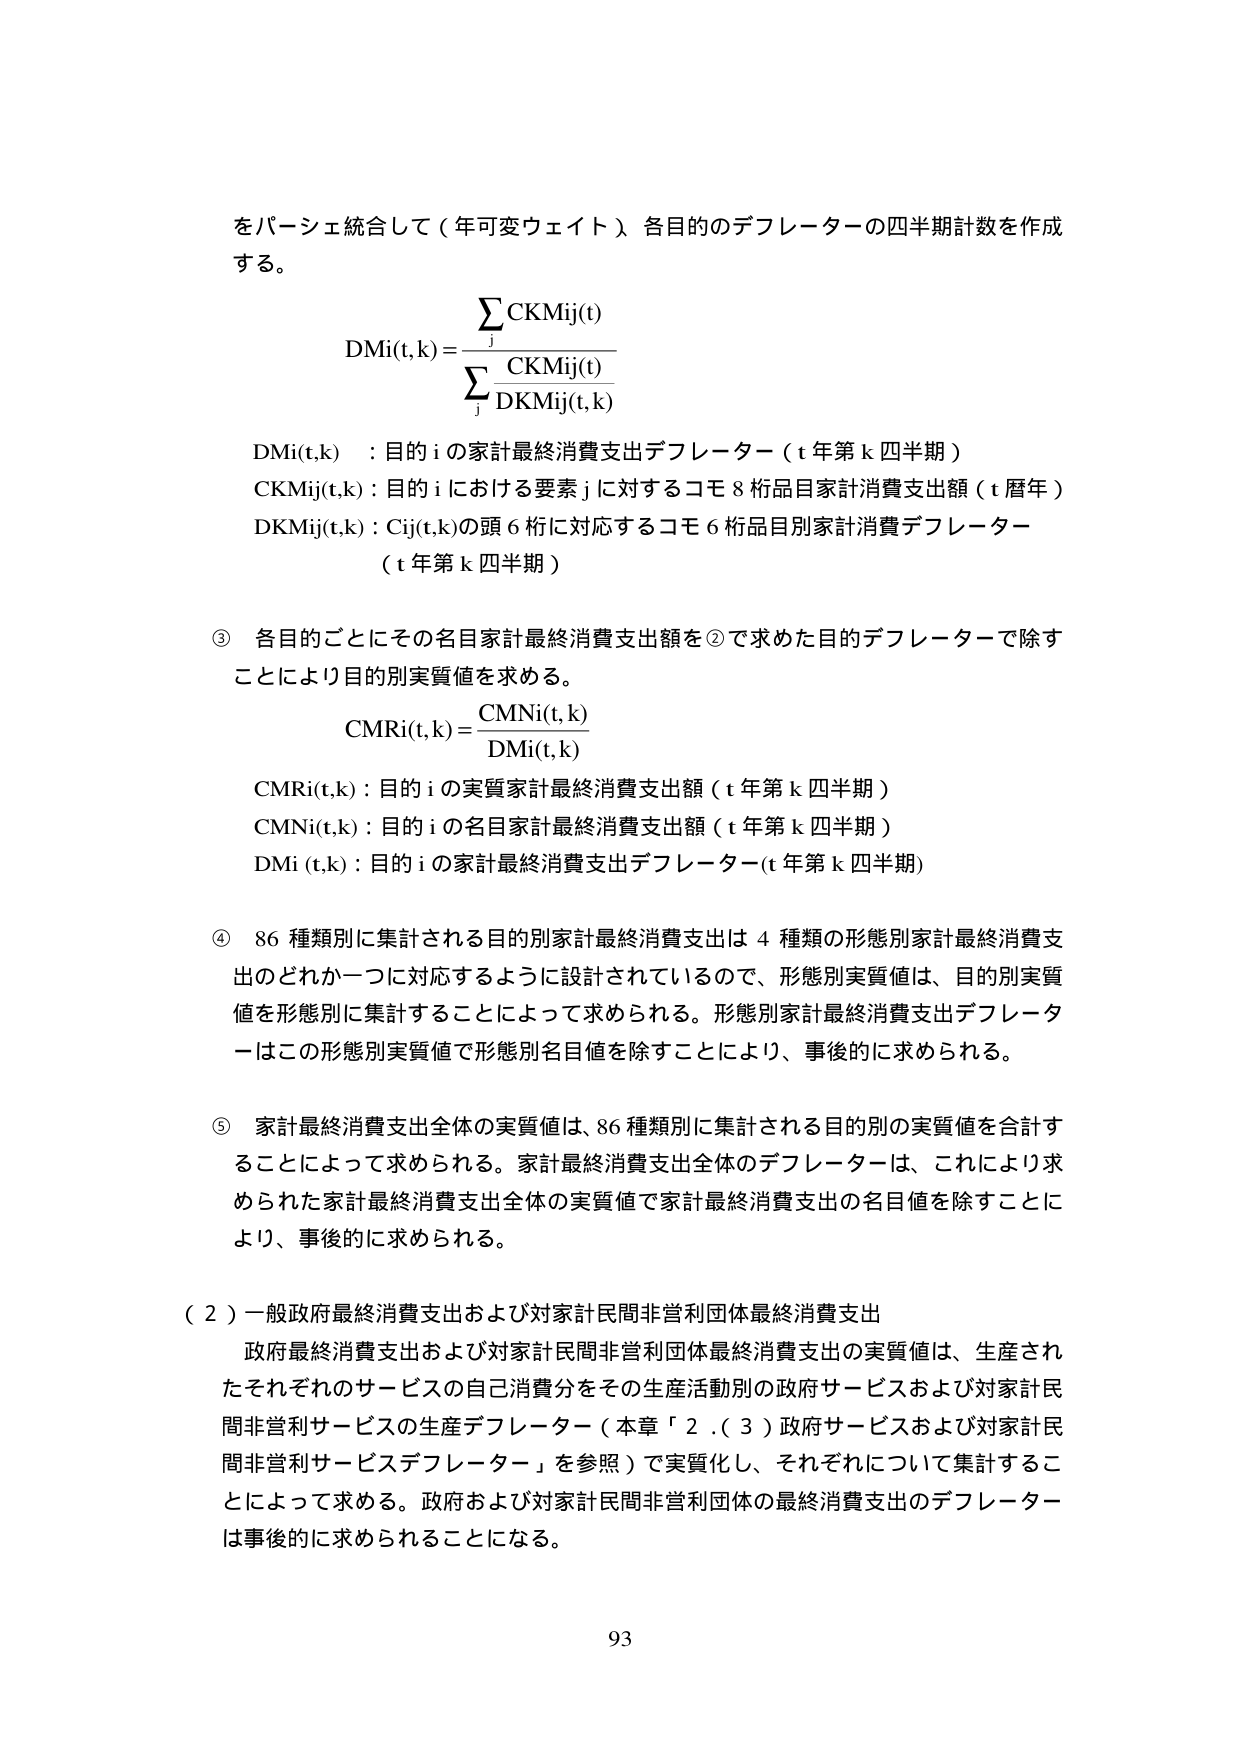
をパーシェ統合して（年可変ウェイト）各目的のデフレーターの四半期計数を作成する。

DMi(t,k) = Σ CKMij(t) / Σ CKMij(t) / DKMij(t,k)

DMi(t,k) : 目的 i の家計最終消費支出デフレーター（t 年第 k 四半期）
CKMij(t,k) : 目的 i における要素 j に対するコモ 8 枠品目家計消費支出額（t 暦年）
DKMij(t,k) : Cij(t,k)の頭 6 桁に対応するコモ 6 枠品目別家計消費デフレーター（t 年第 k 四半期）

③ 各目的ごとにその名目家計最終消費支出額を②で求めた目的デフレーターで除すことにより目的別実質値を求める。

CMRi(t,k) = CMNi(t,k) / DMi(t,k)

CMRi(t,k) : 目的 i の実質家計最終消費支出額（t 年第 k 四半期）
CMNi(t,k) : 目的 i の名目家計最終消費支出額（t 年第 k 四半期）
DMi(t,k) : 目的 i の家計最終消費支出デフレーター（t 年第 k 四半期）

④ 86 種類別に集計される目的別家計最終消費支出は 4 種類の形態別家計最終消費支出のどれか一つに対応するように設計されているので、形態別実質値は、目的別実質値を形態別に集計することによって求められる。形態別家計最終消費支出デフレーターはこの形態別実質値で形態別名目値を除すことにより、事後的に求められる。

⑤ 家計最終消費支出全体の実質値は、86 種類別に集計される目的別の実質値を合計することによって求められる。家計最終消費支出全体のデフレーターは、これにより求められた家計最終消費支出全体の実質値で家計最終消費支出の名目値を除すことにより、事後的に求められる。

（2）一般政府最終消費支出および対家計民間非営利団体最終消費支出
政府最終消費支出および対家計民間非営利団体最終消費支出の実質値は、生産されたそれぞれのサービスの自己消費分をその生産活動別の政府サービスおよび対家計民間非営利サービスの生産デフレーター（本章「2．(3) 政府サービスおよび対家計民間非営利サービスデフレーター」を参照）で実質化し、それぞれについて集計することによって求める。政府および対家計民間非営利団体の最終消費支出のデフレーターは事後的に求められることになる。

93